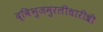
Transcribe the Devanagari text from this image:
द्विभुजमुरलीधारीश्री